342_HS1-416511228_319.1 Flying Discs 1949
Agency: Department of War
Incident date: 1/9/50
Page 78
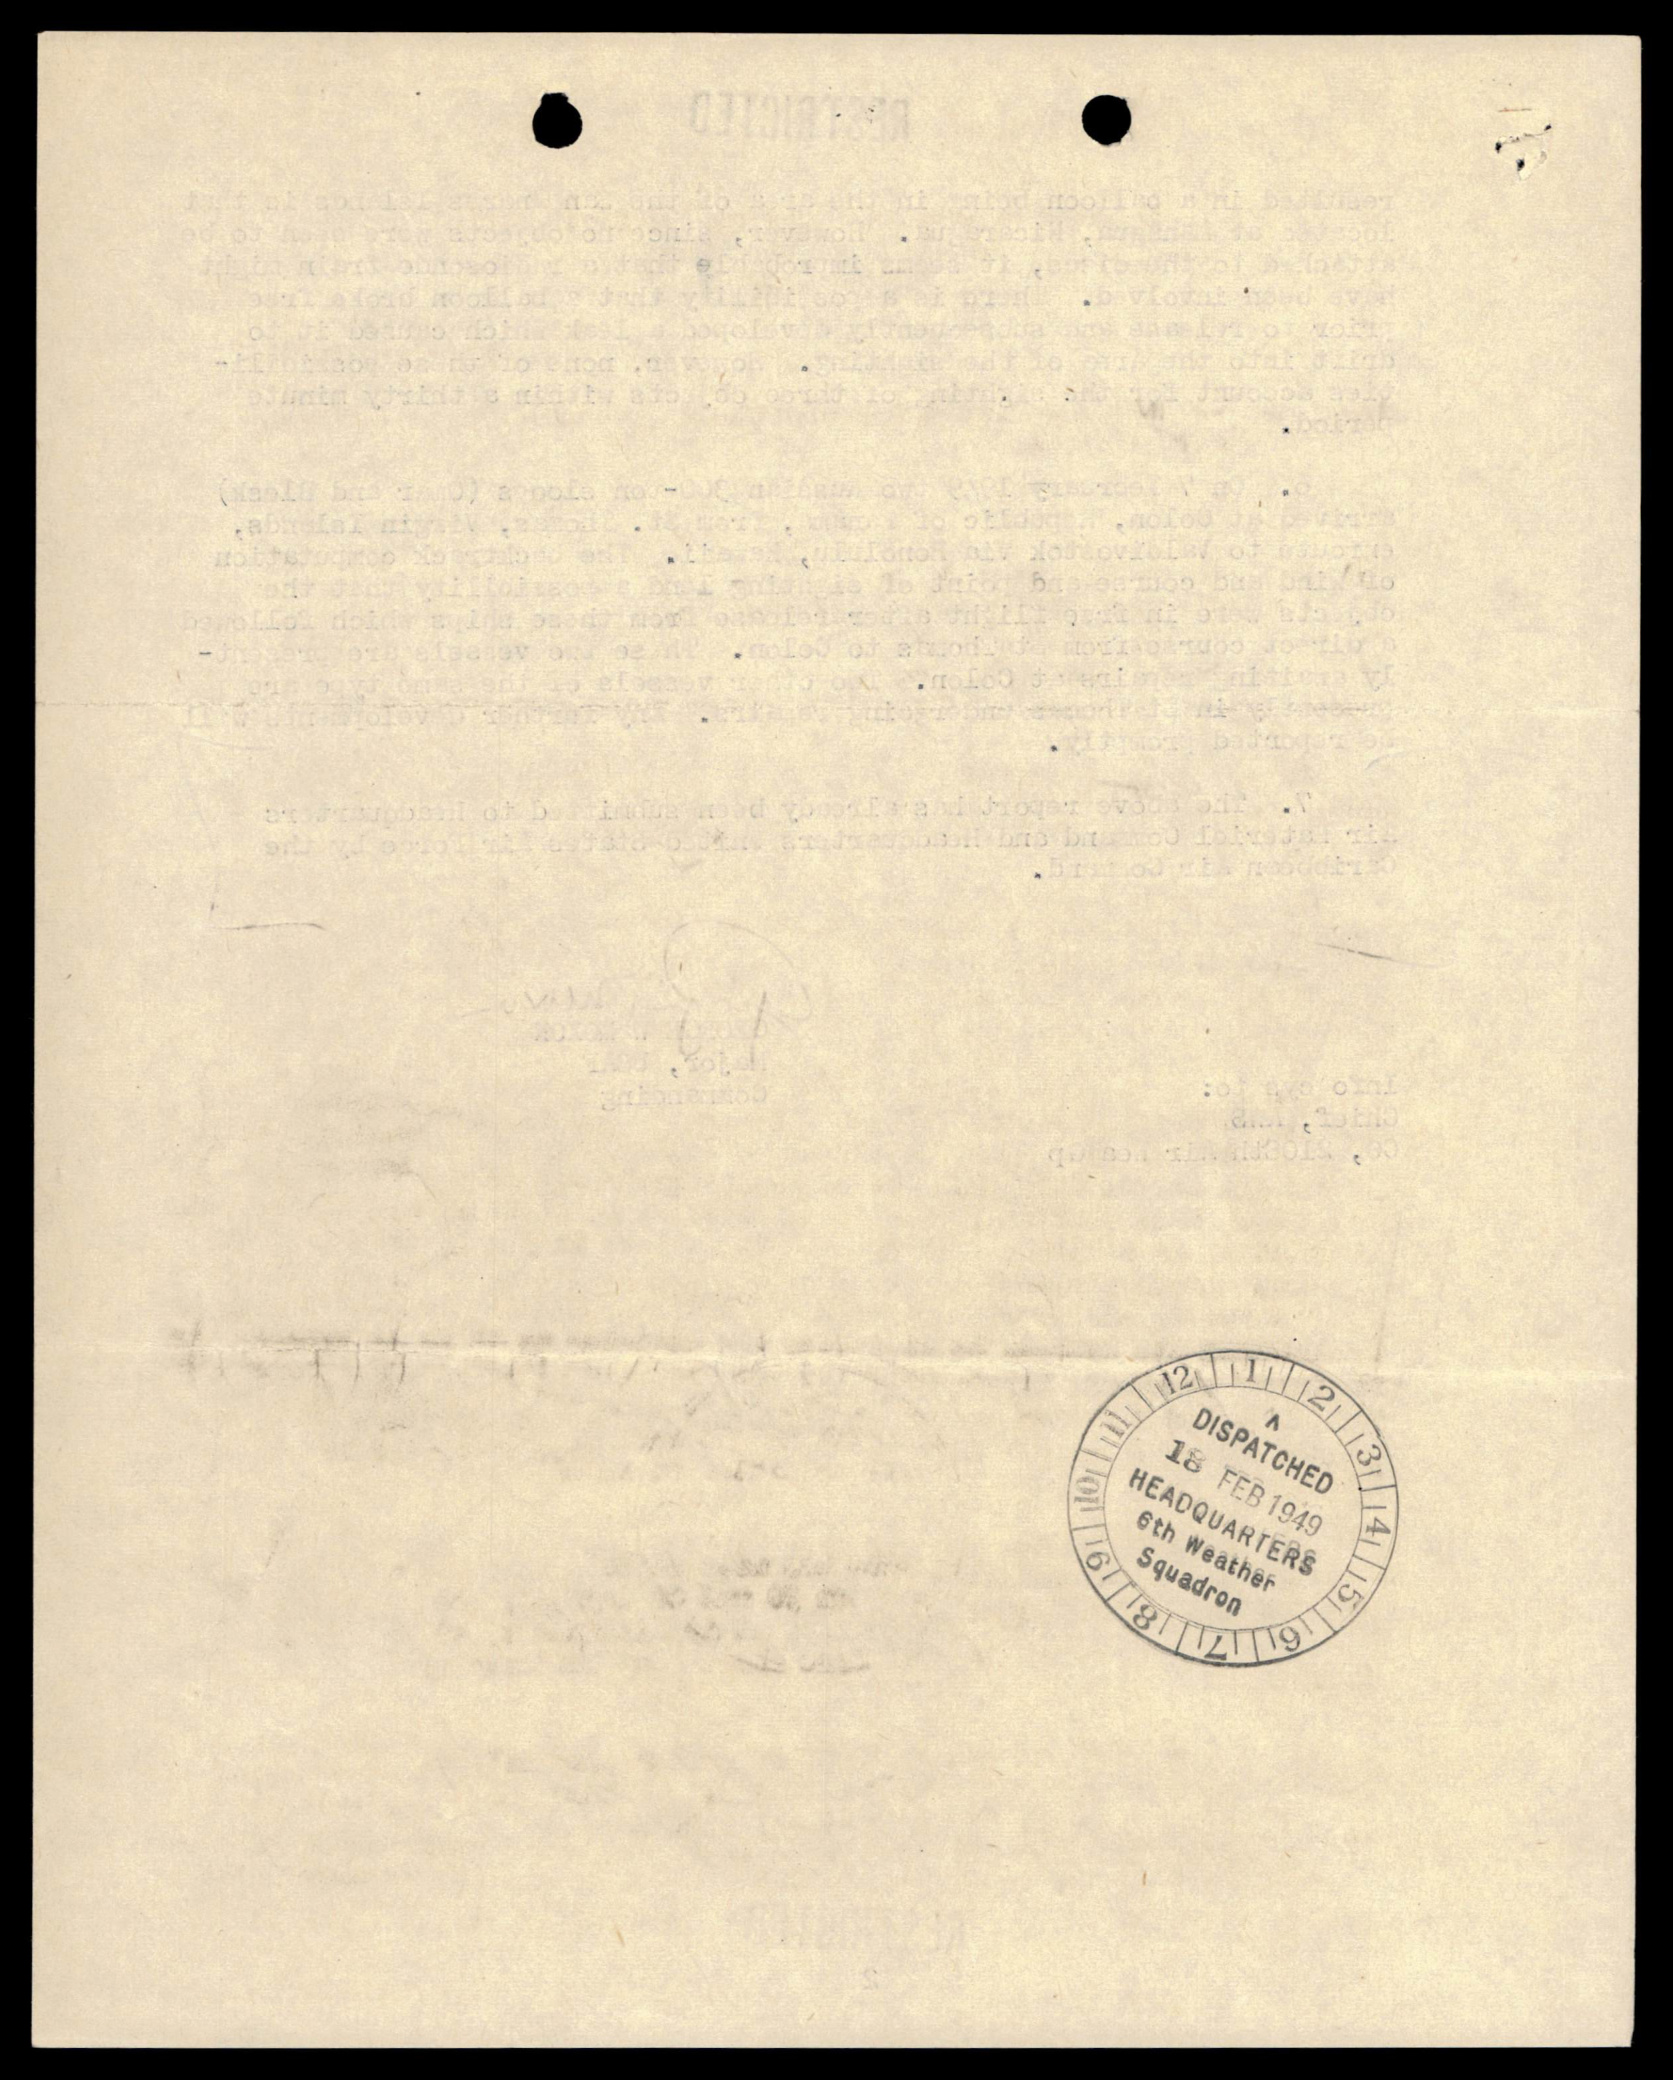